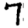
Digit: 7